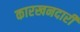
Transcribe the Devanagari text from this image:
कारखनदारी